Annual report of the Punjab Veterinary College and of the Civil Veterinary Department, Punjab - 1926-1932
Year: 1926
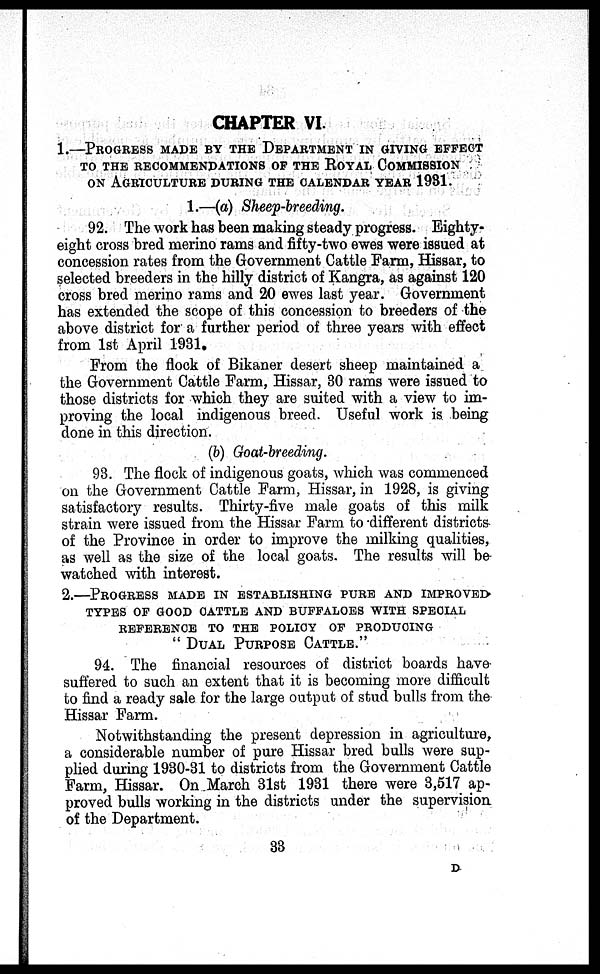
CHAPTER VI.
1.—PROGRESS MADE BY THE DEPARTMENT IN GIVING EFFECTS
TO THE RECOMMENDATIONS OF THE ROYAL COMMISSION
ON AGRICULTURE DURING THE CALEDAR YEAR 1931.
1.—(a) Sheep-breeding.
92. The work has been making steady progress. Eighty-
eight cross bred merino rams and fifty-two ewes were issued at
concession rates from the Government Cattle Farm, Hissar, to
selected breeders in the hilly district of Kangra, as against 120
cross bred merino rams and 20 ewes last year. Government
has extended the scope of this concession to breeders of the
above district for a further period of three years with effect
from 1st April 1931.
From the flock of Bikaner desert sheep maintained a
the Government Cattle Farm, Hissar, 30 rams were issued to
those districts for which they are suited with a view to im-
proving the local indigenous breed. Useful work is being
done in this direction.
(b) Goat-breeding.
93. The flock of indigenous goats, which was commenced
on the Government Cattle Farm, Hissar, in 1928, is giving
satisfactory results. Thirty-five male goats of this milk
strain were issued from the Hissar Farm to different districts
of the Province in order to improve the milking qualities,
as well as the size of the local goats. The results will be
watched with interest.
2.—PROGRESS MADE IN ESTABLISHMENT PURE AND IMPROVED
TYPES OF GOOD CATTLE AND BUFFALOES WITH SPECIAL
REFERENCE TO THE POLICY OF PRODUCING
"DUAL PURPOSE CATTLE."
94. The financial resources of district boards have
suffered to such an extent that it is becoming more difficult
to find a ready sale for the large output of stud bulls from the
Hissar Farm.
Notwithstanding the present depression in agriculture,
a considerable number of pure Hissar bred bulls were sup-
plied during 1930-31 to districts from the Government Cattle
Farm, Hissar. On March 31st 1931 there were 3,517 ap-
proved bulls working in the districts under the supervision
of the Department.
33
D